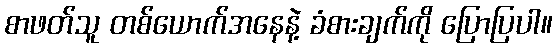
စာဖတ်သူ တစ်ယောက်အနေနဲ့ ခံစားချက်ကို ပြောပြပါ။